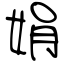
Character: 娟